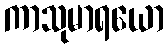
ကာသုမာရယော